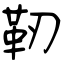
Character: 靭